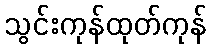
သွင်းကုန်ထုတ်ကုန်